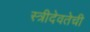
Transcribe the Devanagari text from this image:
स्त्रीदेवतेची